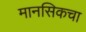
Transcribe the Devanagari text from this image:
मानसिकचा